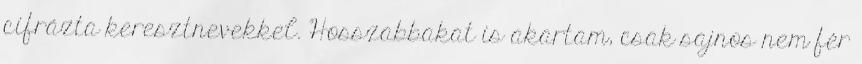
cifrázta keresztnevekkel. Hosszabbakat is akartam, csak sajnos nem fér